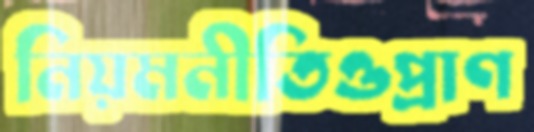
নিয়মনীতিওপ্রাণ